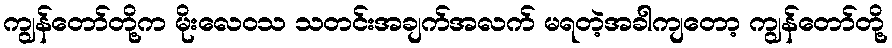
ကျွန်တော်တို့က မိုးလေဝသ သတင်းအချက်အလက် မရတဲ့အခါကျတော့ ကျွန်တော်တို့